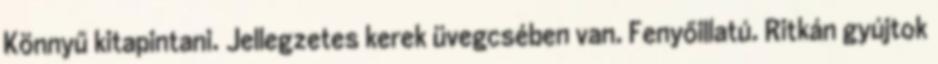
Könnyű kitapintani. Jellegzetes kerek üvegcsében van. Fenyőillatú. Ritkán gyújtok